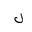
Letter: _lam